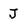
Character: J